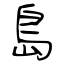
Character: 島